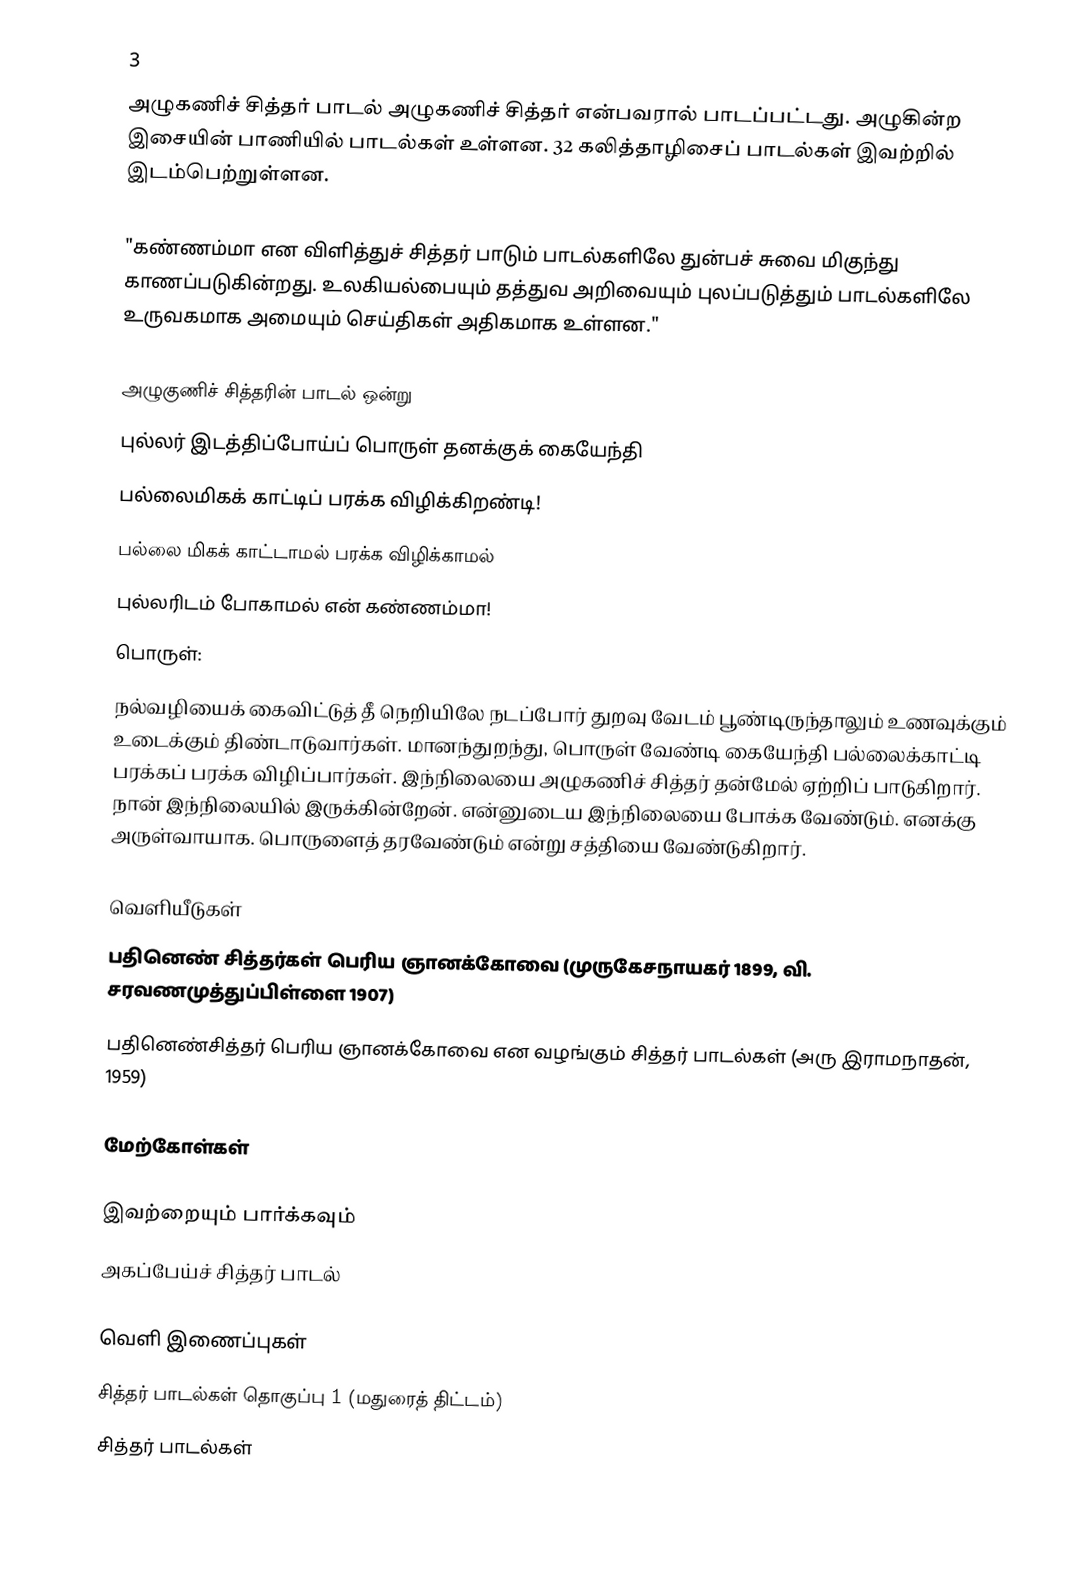
3
அழுகணிச் சித்தர் பாடல் அழுகணிச் சித்தர் என்பவரால் பாடப்பட்டது. அழுகின்ற இசையின் பாணியில் பாடல்கள் உள்ளன. 32 கலித்தாழிசைப் பாடல்கள் இவற்றில் இடம்பெற்றுள்ளன.

"கண்ணம்மா என விளித்துச் சித்தர் பாடும் பாடல்களிலே துன்பச் சுவை மிகுந்து காணப்படுகின்றது. உலகியல்பையும் தத்துவ அறிவையும் புலப்படுத்தும் பாடல்களிலே உருவகமாக அமையும் செய்திகள் அதிகமாக உள்ளன."

அழுகுணிச் சித்தரின் பாடல் ஒன்று
புல்லர் இடத்திப்போய்ப் பொருள் தனக்குக் கையேந்தி
பல்லைமிகக் காட்டிப் பரக்க விழிக்கிறண்டி!
பல்லை மிகக் காட்டாமல் பரக்க விழிக்காமல்
புல்லரிடம் போகாமல் என் கண்ணம்மா!
பொருள்:
நல்வழியைக் கைவிட்டுத் தீ நெறியிலே நடப்போர் துறவு வேடம் பூண்டிருந்தாலும் உணவுக்கும் உடைக்கும் திண்டாடுவார்கள். மானந்துறந்து, பொருள் வேண்டி கையேந்தி பல்லைக்காட்டி பரக்கப் பரக்க விழிப்பார்கள். இந்நிலையை அழுகணிச் சித்தர் தன்மேல் ஏற்றிப் பாடுகிறார். நான் இந்நிலையில் இருக்கின்றேன். என்னுடைய இந்நிலையை போக்க வேண்டும். எனக்கு அருள்வாயாக. பொருளைத் தரவேண்டும் என்று சத்தியை வேண்டுகிறார்.

வெளியீடுகள்
பதினெண் சித்தர்கள் பெரிய ஞானக்கோவை (முருகேசநாயகர் 1899, வி. சரவணமுத்துப்பிள்ளை 1907)
பதினெண்சித்தர் பெரிய ஞானக்கோவை என வழங்கும் சித்தர் பாடல்கள் (அரு இராமநாதன், 1959)

மேற்கோள்கள்

இவற்றையும் பார்க்கவும்
அகப்பேய்ச் சித்தர் பாடல்

வெளி இணைப்புகள்
சித்தர் பாடல்கள் தொகுப்பு 1 (மதுரைத் திட்டம்)
சித்தர் பாடல்கள்